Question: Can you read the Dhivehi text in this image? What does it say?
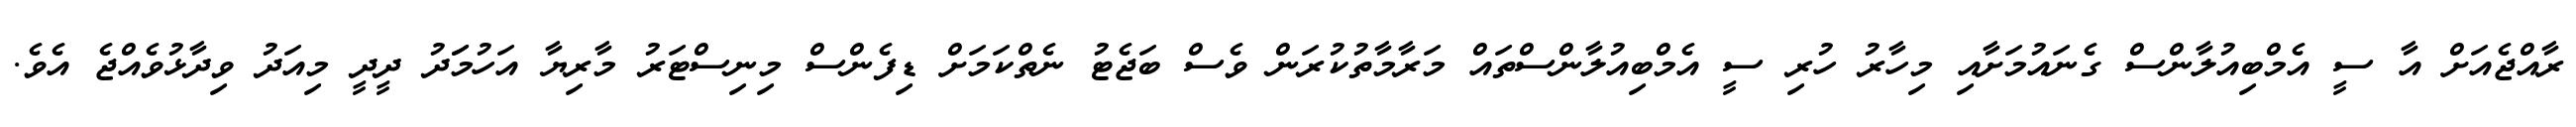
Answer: ރާއްޖެއަށް އާ ސީ އެމްބިއުލާންސް ގެނައުމަށާއި މިހާރު ހުރި ސީ އެމްބިއުލާންސްތައް މަރާމާތުކުރަން ވެސް ބަޖެޓު ނެތްކަމަށް ޑިފެންސް މިނިސްޓަރު މާރިޔާ އަހުމަަދު ދީދީ މިއަދު ވިދާޅުވެއްޖެ އެވެ.